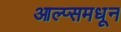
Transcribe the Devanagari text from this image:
आल्प्समधून